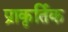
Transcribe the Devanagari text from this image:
प्राकृर्तिक